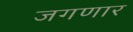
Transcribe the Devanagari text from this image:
जगणार